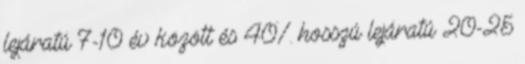
lejáratú 7-10 év között és 40% hosszú lejáratú 20-25